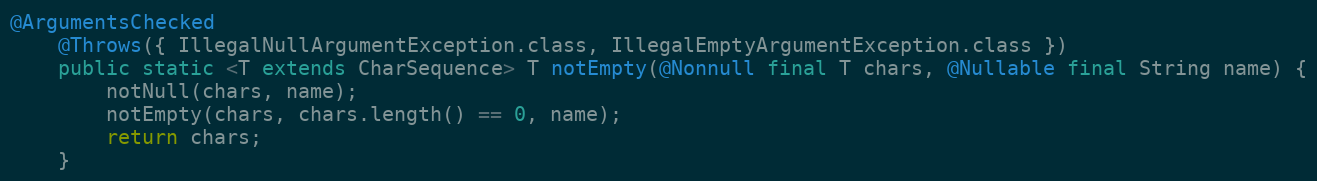
Language: Java
@ArgumentsChecked
	@Throws({ IllegalNullArgumentException.class, IllegalEmptyArgumentException.class })
	public static <T extends CharSequence> T notEmpty(@Nonnull final T chars, @Nullable final String name) {
		notNull(chars, name);
		notEmpty(chars, chars.length() == 0, name);
		return chars;
	}